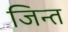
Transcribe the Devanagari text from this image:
जिन्त